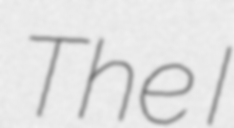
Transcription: The I